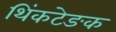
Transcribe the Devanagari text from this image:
थिंकटेङक